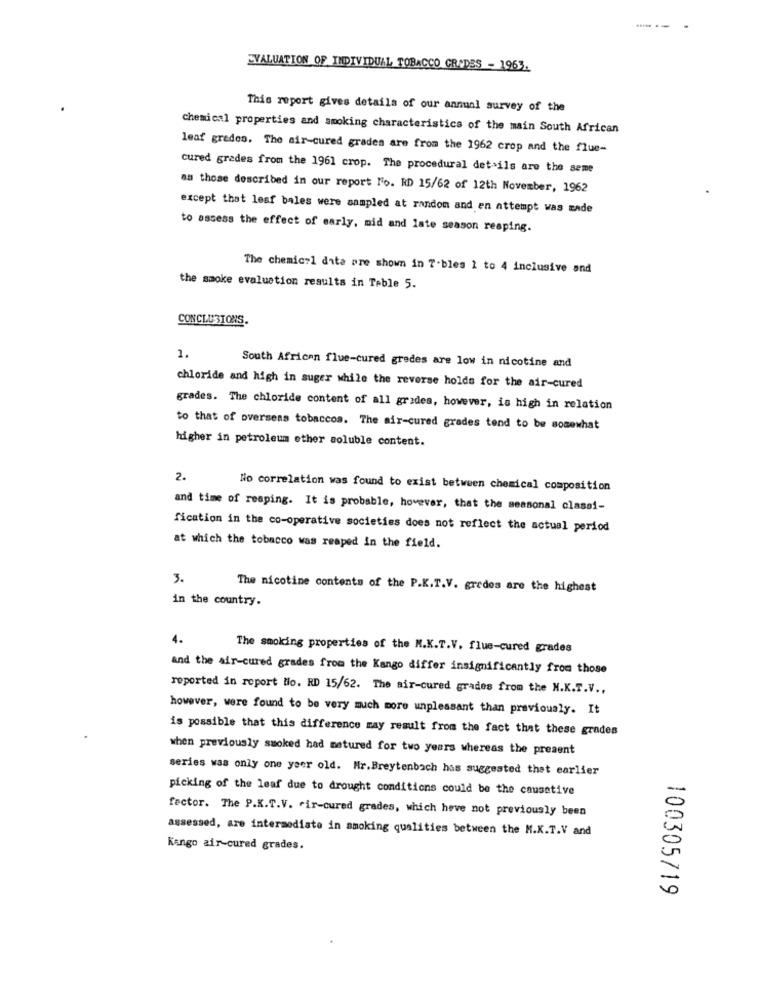
.
EVALUATION OF INDIVIDUAL TOBACCO GRADES - 1963.
This report gives details of our annual survey of the
chemical properties and smoking characteristics of the main South African
leaf grades. The air-cured grades are from the 1962 crop and the flue-
cured grades from the 1961 crop. The procedural details are the seme
sa those described in our report No. RD 15/62 of 12th November, 1962
except that lesf bales were sampled at random and an attempt was made
to assess the effect of early, mid and late season reaping.
The chemic?1 data are shown in T-bles 1 to 4 inclusive and
the smoke evaluation results in Table 5.
CONCLUSIONS.
1.
South African flue-cured gredes are low in nicotine and
chloride and high in suger while the reverse holds for the air-cured
grades. The chloride content of all grades, however, is high in relation
to that of overseas tobaccos. The air-cured grades tend to be somewhat
higher in petroleum other soluble content.
2.
No correlation was found to exist between chemical composition
and time of reaping. It is probable, however, that the seasonal classi-
fication in the co-operative societies does not reflect the actual period
at which the tobacco was reaped in the field.
3.
The nicotine contents of the P.K.T.V. gredes are the highest
in the country.
4.
The smoking properties of the M.K.T.V. flue-cured grades
and the air-cured grades from the Kango differ insignificantly from those
reported in report to. RD 15/62. The air-cured grades from the N.K.T.V .,
however, were found to be very much more unpleasant than previously. It
is possible that this difference may result from the fact that these grades
when previously smoked had matured for two years whereas the present
series was only one year old. Mr. Breytenbach has suggested that earlier
picking of the leaf due to drought conditions could be the causative
factor. The P.K.T.V. ir-cured grades, which have not previously been
assessed, are intermediate in smoking qualities between the M.K.T.V and
Kango air-cured grades.
100305719